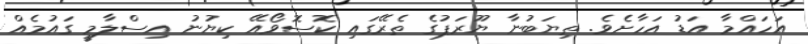
އަހައްމާ އަޑު އަހާށެވެ. ތިޔަބުނާ ޔޫރަޕުގެ ތެރޭގައި ކޮސޮވޯއޭ ކިޔުނު އިސްލާމީ ގައުމެއް